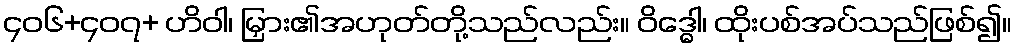
၄၀၆+၄၀၇+ ဟိဝါ၊ မြှား၏အဟုတ်တို့သည်လည်း။ ဝိဒ္ဓေါ၊ ထိုးပစ်အပ်သည်ဖြစ်၍။